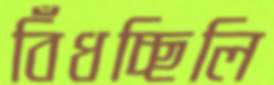
বিঁধচ্ছিলি